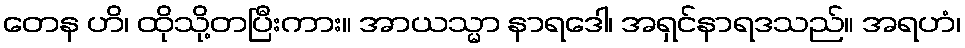
တေန ဟိ၊ ထိုသို့တပြီးကား။ အာယသ္မာ နာရဒေါ၊ အရှင်နာရဒသည်။ အရဟံ၊